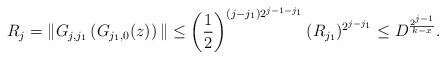
LaTeX: \begin{align*}R_j = \|G_{j,j_1}\left( G_{j_1,0}(z) \right)\| \leq \left( \frac{1}{2}\right)^{(j-j_1)2^{j-1-j_1}}(R_{j_1})^{2^{j-j_1}} \leq D^{\frac{2^{j-1}}{k-x}}.\end{align*}